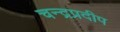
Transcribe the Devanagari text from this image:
चन्द्रप्रदीप